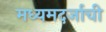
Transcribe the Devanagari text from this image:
मध्यमदर्जाची